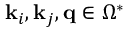
\mathbf { k } _ { i } , \mathbf { k } _ { j } , \mathbf { q } \in \Omega ^ { * }